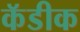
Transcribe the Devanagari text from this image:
कॅडीक